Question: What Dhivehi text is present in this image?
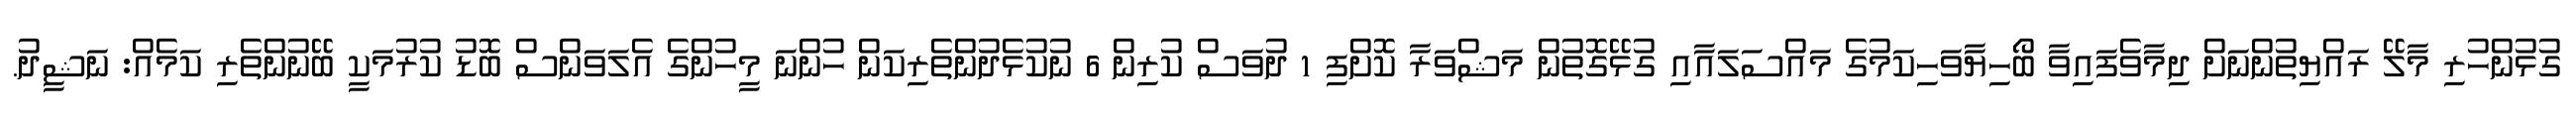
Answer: ގުޅުންހުރި މާލޭ ރައްޔިތުންނަށް ދިމާވެފައިވާ ބޯހިޔާވަހިކަމުގެ މައްސަލައާއި ގުޅޭގޮތުން މަޝްވަރާ ކޮށްފި 1 ދުވަސް ކުރިން 6 ނުކުޅެދުންތެރިކަން ހުންނަ މީހުންގެ އެލަވަންސް ބޮޑު ކުރުމަކީ ބޭނުންތެރި ކަމެއް: ނަޝީދު.